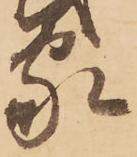
家